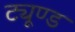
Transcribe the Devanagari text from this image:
ट्यूण्ड